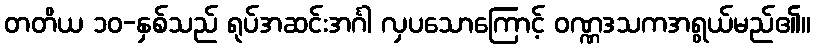
တတိယ ၁၀-နှစ်သည် ရုပ်အဆင်းအင်္ဂါ လှပသောကြောင့် ဝဏ္ဏဒသကအရွယ်မည်၏။